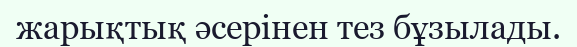
жарықтық әсерінен тез бұзылады.